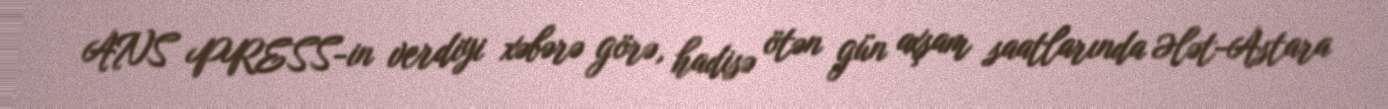
ANS PRESS-in verdiyi xəbərə görə, hadisə ötən gün axşam saatlarında Ələt-Astara